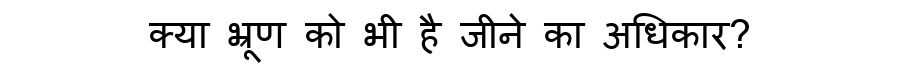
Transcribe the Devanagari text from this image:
क्या भ्रूण को भी है जीने का अधिकार?